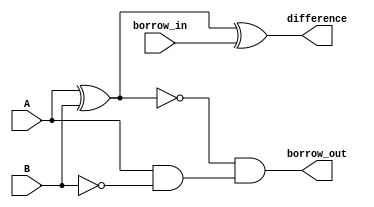
module GateLevelSubtractor (
    input A,
    input B,
    input borrow_in,
    output difference,
    output borrow_out
);

    wire temp1, temp2;

    xor gate_xor1(temp1, A, B);
    xor gate_xor2(difference, temp1, borrow_in);

    and gate_and1(temp2, A, ~B);
    and gate_and2(borrow_out, ~temp1, temp2);

endmodule